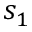
s _ { 1 }